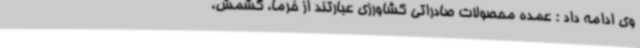
وی ادامه داد : عمده محصولات صادراتی کشاورزی عبارتند از خرما، کشمش،